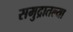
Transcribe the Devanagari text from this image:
समुद्रातल्या